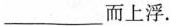
___而上浮。